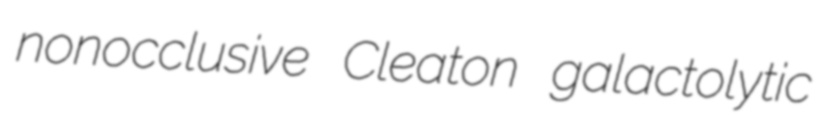
nonocclusive Cleaton galactolytic